Annual vaccination report of Bihar and Orissa - 1911-1928
Year: 1911
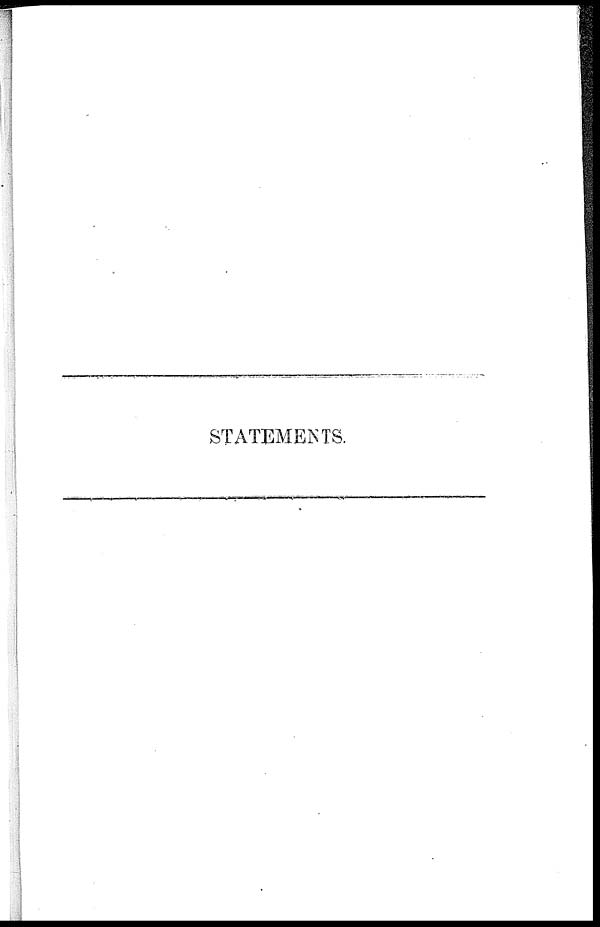
STATEMENTS.